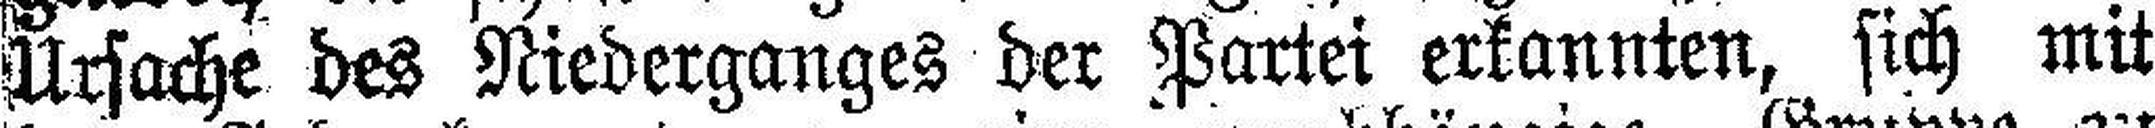
Ursache des Niederganges der Partei erkannten, sich mit